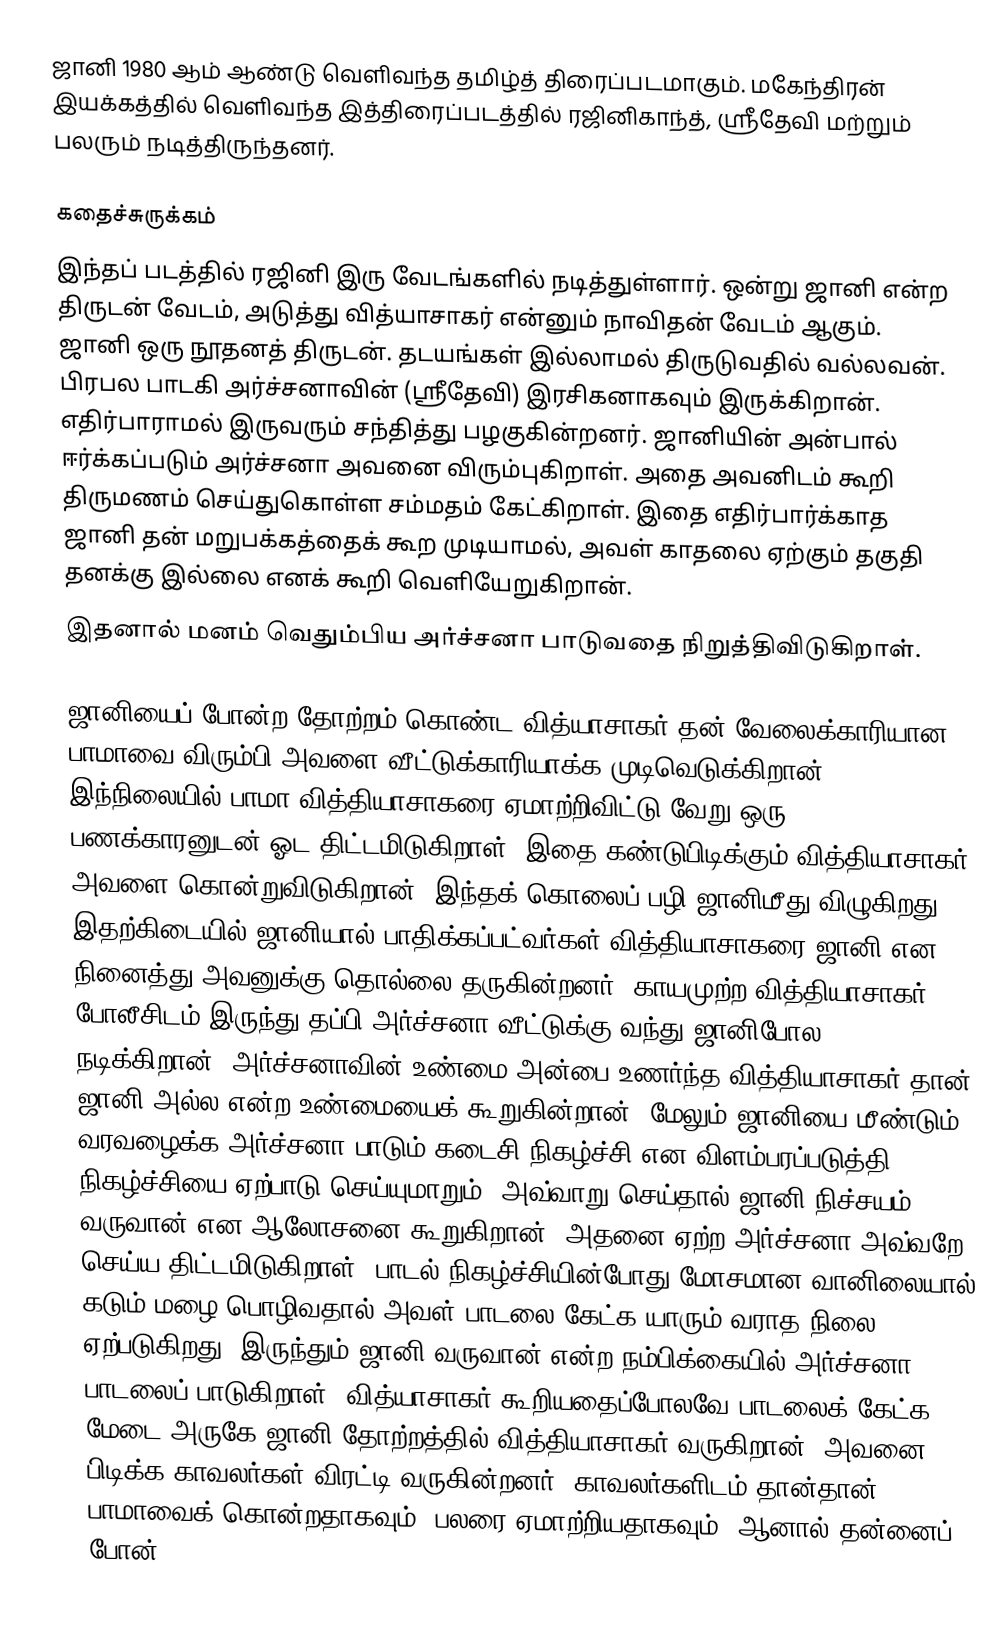
ஜானி 1980 ஆம் ஆண்டு வெளிவந்த தமிழ்த் திரைப்படமாகும். மகேந்திரன் இயக்கத்தில்  வெளிவந்த  இத்திரைப்படத்தில் ரஜினிகாந்த், ஸ்ரீதேவி மற்றும் பலரும் நடித்திருந்தனர்.

கதைச்சுருக்கம்
இந்தப் படத்தில் ரஜினி இரு வேடங்களில் நடித்துள்ளார். ஒன்று ஜானி என்ற திருடன் வேடம், அடுத்து வித்யாசாகர் என்னும் நாவிதன் வேடம் ஆகும். ஜானி ஒரு நூதனத் திருடன். தடயங்கள் இல்லாமல் திருடுவதில் வல்லவன். பிரபல பாடகி அர்ச்சனாவின் (ஸ்ரீதேவி) இரசிகனாகவும் இருக்கிறான். எதிர்பாராமல் இருவரும் சந்தித்து பழகுகின்றனர். ஜானியின் அன்பால் ஈர்க்கப்படும் அர்ச்சனா அவனை விரும்புகிறாள். அதை அவனிடம் கூறி திருமணம் செய்துகொள்ள சம்மதம் கேட்கிறாள். இதை எதிர்பார்க்காத ஜானி தன் மறுபக்கத்தைக் கூற முடியாமல், அவள் காதலை ஏற்கும் தகுதி தனக்கு இல்லை எனக் கூறி வெளியேறுகிறான்.
இதனால்  மனம் வெதும்பிய அர்ச்சனா பாடுவதை நிறுத்திவிடுகிறாள்.

ஜானியைப் போன்ற தோற்றம் கொண்ட வித்யாசாகர் தன் வேலைக்காரியான பாமாவை விரும்பி அவளை வீட்டுக்காரியாக்க முடிவெடுக்கிறான்.  இந்நிலையில் பாமா வித்தியாசாகரை ஏமாற்றிவிட்டு வேறு ஒரு பணக்காரனுடன் ஓட திட்டமிடுகிறாள். இதை கண்டுபிடிக்கும் வித்தியாசாகர் அவளை கொன்றுவிடுகிறான். இந்தக் கொலைப் பழி ஜானிமீது விழுகிறது.  இதற்கிடையில் ஜானியால் பாதிக்கப்பட்வர்கள் வித்தியாசாகரை ஜானி என நினைத்து அவனுக்கு தொல்லை தருகின்றனர்.  காயமுற்ற வித்தியாசாகர் போலீசிடம் இருந்து தப்பி அர்ச்சனா வீட்டுக்கு வந்து ஜானிபோல நடிக்கிறான். அர்ச்சனாவின் உண்மை அன்பை உணர்ந்த வித்தியாசாகர் தான் ஜானி அல்ல என்ற உண்மையைக் கூறுகின்றான். மேலும் ஜானியை மீண்டும் வரவழைக்க அர்ச்சனா பாடும் கடைசி நிகழ்ச்சி என விளம்பரப்படுத்தி நிகழ்ச்சியை ஏற்பாடு செய்யுமாறும், அவ்வாறு செய்தால் ஜானி நிச்சயம் வருவான் என ஆலோசனை கூறுகிறான். அதனை ஏற்ற அர்ச்சனா அவ்வறே செய்ய திட்டமிடுகிறாள். பாடல் நிகழ்ச்சியின்போது மோசமான வானிலையால் கடும் மழை பொழிவதால் அவள் பாடலை கேட்க யாரும் வராத நிலை ஏற்படுகிறது. இருந்தும் ஜானி வருவான் என்ற நம்பிக்கையில் அர்ச்சனா பாடலைப் பாடுகிறாள். வித்யாசாகர் கூறியதைப்போலவே பாடலைக் கேட்க மேடை அருகே ஜானி தோற்றத்தில் வித்தியாசாகர் வருகிறான். அவனை பிடிக்க காவலர்கள் விரட்டி வருகின்றனர்.  காவலர்களிடம் தான்தான் பாமாவைக் கொன்றதாகவும், பலரை ஏமாற்றியதாகவும், ஆனால் தன்னைப் போன்